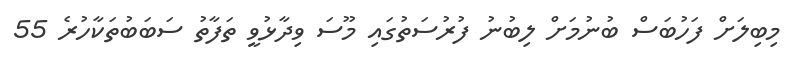
މިބިލަށް ފަހުބަސް ބުނުމަށް ލިބުނު ފުރުސަތުގައި މޫސަ ވިދާޅުވީ ތަފާތު ސަބަބުތަކާހުރެ 55